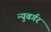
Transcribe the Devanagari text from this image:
न्युबर्गर